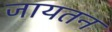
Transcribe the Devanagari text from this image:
जायतन